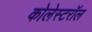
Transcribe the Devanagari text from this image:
कोलेस्टरॉल